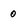
Character: 0